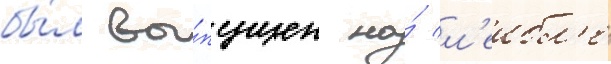
бы́л вы́пущен на́ л'еибл'е